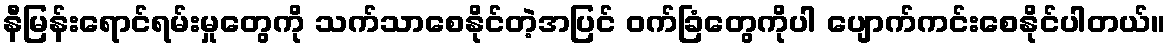
နီမြန်းရောင်ရမ်းမှုတွေကို သက်သာစေနိုင်တဲ့အပြင် ဝက်ခြံတွေကိုပါ ပျောက်ကင်းစေနိုင်ပါတယ်။